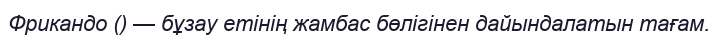
Фрикандо () — бұзау етінің жамбас бөлігінен дайындалатын тағам.